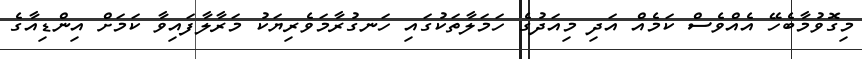
މިގޮވުމާބެހޭ އެއްވެސް ކަމެއް އަދި މިއަދުގެ ހަމަލާތަކުގައި ހަނގުރާމަވެރިޔަކު މަރާލާފައިވާ ކަމަށް އިންޑިއާގެ